Vaccination report Assam 1896-1927 - 1896-1927
Year: 1896
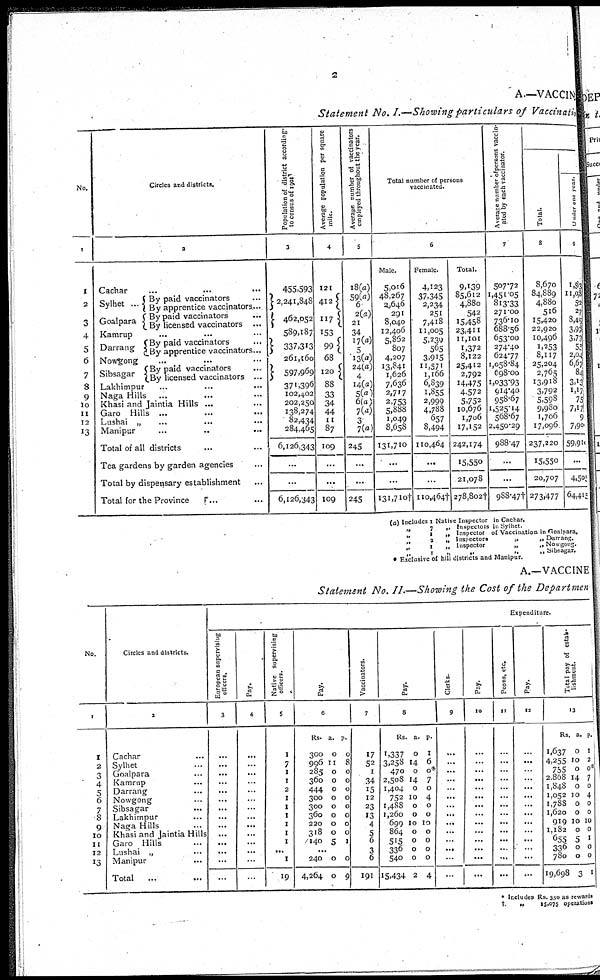
2
A.—VACCINE
Statement No. I.—Showing particulars of Vaccination
No.
1
1
2
3
4
5
6
7
8
9
10
11
12
13
Circles and districts.
2
Cachar ... ... ...
Sylhet ...
Goalpara
By paid vaccinators ...
By apprentice vaccinators...
By paid vaccinators
...
By licensed vaccinators
...
Kamrup ... ... ...
Darrang
By paid vaccinators ...
By apprentice vaccinators...
Nowgong ... ... ...
Sibsagar
By paid vaccinators ...
By licensed vaccinators ...
Lakhimpur ... ... ...
Naga Hills ... ... ...
Khasi and Jaintia Hills ... ...
Garo Hills
...
...
...
Lushai „ ... ... ...
Manipur ... ... ...
Total of all districts ... ... ...
Tea gardens by garden agencies ...
Total by dispensary establishment ...
Total for the Province ... ... ...
Population of district according
to
census
of
1901
3
455,593
2,241,848
462,052
589,187
337,313
261,160
597,969
371,396
102,402
202,250
138,274
82,434
284,465
6,126,343
...
...
6,126,343
Average population per square
mile.
4
121
412
117
153
99
68
120
88
33
34
44
11
87
109
...
...
109
Average number of vaccinators
employed throughout the year.
5
18(a)
59(a)
6
2(a)
21
34
17(a)
5
13(a)
24(a)
4
14(a)
5(a)
6(a)
7(a)
3
7(a)
245
...
...
245
Total number of persons
vaccinated.
6
Male.
5,016
48,267
2,646
291
8,040
12,406
5,862
807
4,207
13,841
1,626
7,636
2,717
2,753
5,888
1,049
8,658
131,710
...
...
131,710†
Female.
4,123
37,345
2,234
251
7,418
11,005
5,239
565
3,915
11,571
1,166
6,839
1,855
2,999
4,788
657
8,494
110,464
...
...
110,464†
Total.
9,139
85,612
4,880
542
15,458
23,411
11,101
1,372
8,122
25,412
2,792
14,475
4,572
5,752
10,676
1,706
17,152
242,174
15,550
21,078
278,802†
Average number of persons vaccin-
ated by each vaccinator.
7
507.72
1,451.05
813.33
271.00
736.10
688.56
653.00
274.40
624.77
1,058.84
698.00
1,033.93
914.40
958.67
1,525.14
568.67
2,450.29
988.47
...
...
988.47†
Total.
8
8,670
84,889
4,880
516
15,420
22,920
10,496
1,253
8,117
25,204
2,765
13,918
3,792
5,598
9,980
1,706
17,096
237,220
15,550
20,707
273,477
Under one year.
9
1,53
11,08
52
27
8,45
3,90
3,73
58
2,04
6,67
84
3,13
1,17
75
7,17
9
7,90
59,910
...
4,505
64,415
(a) Includes 1 Native Inspector in Cachar.
„
7
„ Inspectors in Sylhet.
„
1
„ Inspector of Vaccination in Goalpara.
„
2
„ Inspectors
„
„ Darrang.
„
1
„ Inspector
„
„ Nowgong.
„
1
„
„
„
„ Sibsagar.
* Exclusive of hill districts and Manipur.
A.—VACCINE
Statement No. II.—Showing the Cost of the Department
No.
1
1
2
3
4
5
6
7
8
9
10
11
12
13
Circles and districts.
2
Cachar ...
Sylhet ...
Goalpara ...
Kamrup ...
Darrang ...
Nowgong ...
Sibsagar ...
Lakhimpur
...
Naga Hills ...
Khasi and Jaintia Hills
Garo Hills ...
Lushai „ ...
Manipur ...
Total ...
Expenditure.
European supervising
officers.
3
...
...
...
...
...
...
...
...
...
...
...
...
...
...
Pay.
4
...
...
...
...
...
...
...
...
...
...
...
...
...
...
Native supervising
officers.
5
1
7
1
1
2
1
1
1
1
1
1
...
1
19
Pay.
6
Rs.
300
996
285
360
444
300
300
360
220
318
140
a.
0
11
0
0
0
0
0
0
0
0
5
p.
0
8
0
0
0
0
0
0
0
0
1
...
240
4,264
0
0
0
9
Vaccinators.
7
17
52
1
34
15
12
23
13
4
5
6
3
6
191
Pay.
8
Rs.
1,337
3,258
470
2,508
1,404
752
1,488
1,260
699
864
515
336
540
15,434
a.
0
14
0
14
0
10
0
0
10
0
0
0
0
2
p.
1
6
0*
7
0
4
0
0
10
0
0
0
0
4
Clerks.
9
...
...
...
...
...
...
...
...
...
...
...
...
...
...
Pay.
10
...
...
...
...
...
...
...
...
...
...
...
...
...
...
Peons, etc.
11
...
...
...
...
...
...
...
...
...
...
...
...
...
...
Pay.
12
...
...
...
...
...
...
...
...
...
...
...
...
...
...
Total pay of estab-
lishment.
13
Rs.
1,637
4,255
755
2,868
1,848
1,052
1,788
1,620
919
1,182
655
336
780
19,698
a.
0
10
0
14
0
10
0
0
10
0
5
0
0
3
p.
1
2
0*
7
0
4
0
0
10
0
1
0
0
1
* Includes Rs. 350 as rewards
†
„
15,075 operations